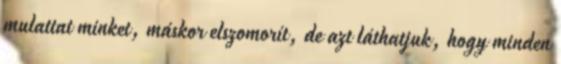
mulattat minket, máskor elszomorít, de azt láthatjuk, hogy minden